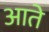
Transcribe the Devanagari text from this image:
आते